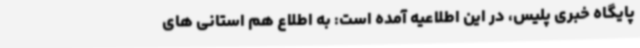
پایگاه خبری پلیس، در این اطلاعیه آمده است: به اطلاع هم استانی های